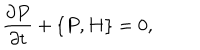
\frac { \partial P } { \partial t } + \{ P , H \} = 0 ,